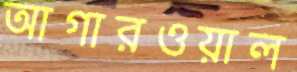
আগারওয়াল